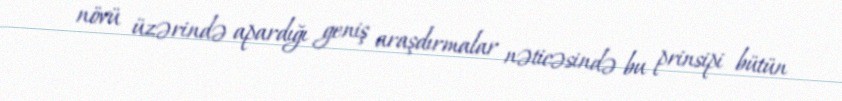
növü üzərində apardığı geniş araşdırmalar nəticəsində bu prinsipi bütün